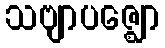
သဗျာပဇ္ဈော